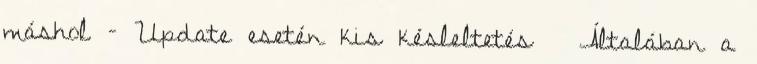
máshol – Update esetén kis késleltetés ● Általában a